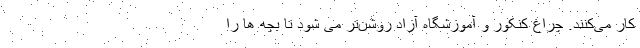
کار می‌کنند. چراغ کنکور و آموزشگاه آزاد روشن‌تر می شود تا بچه ها را